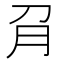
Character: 𰴟